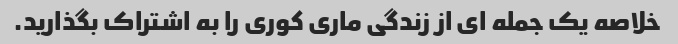
خلاصه یک جمله ای از زندگی ماری کوری را به اشتراک بگذارید.